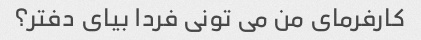
کارفرمای من می تونی فردا بیای دفتر؟